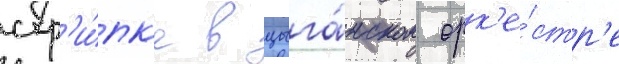
скр'и́пк'е в цыга́нском орк'е́стр'е